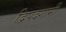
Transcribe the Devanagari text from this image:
द्विपदगामी